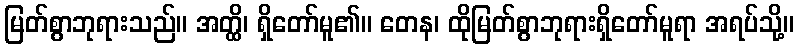
မြတ်စွာဘုရားသည်။ အတ္ထိ၊ ရှိတော်မူ၏။ တေန၊ ထိုမြတ်စွာဘုရားရှိတော်မူရာ အရပ်သို့။